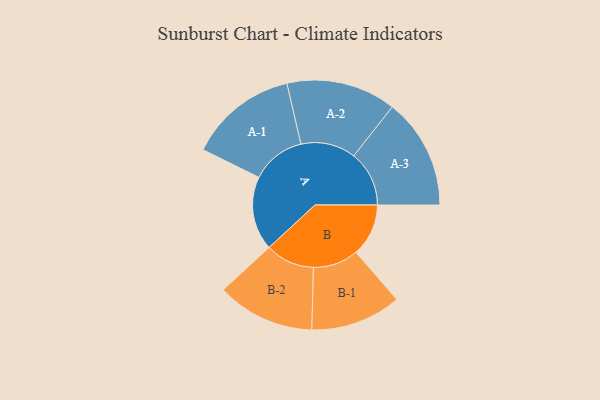
{"axis": {"x": "Segment", "y": "Value"}, "legend": ["", "A", "B"], "data": [{"x": "A", "y": 381, "type": ""}, {"x": "B", "y": 271, "type": ""}, {"x": "A-1", "y": 280, "type": "A"}, {"x": "A-2", "y": 283, "type": "A"}, {"x": "A-3", "y": 286, "type": "A"}, {"x": "B-1", "y": 234, "type": "B"}, {"x": "B-2", "y": 253, "type": "B"}]}